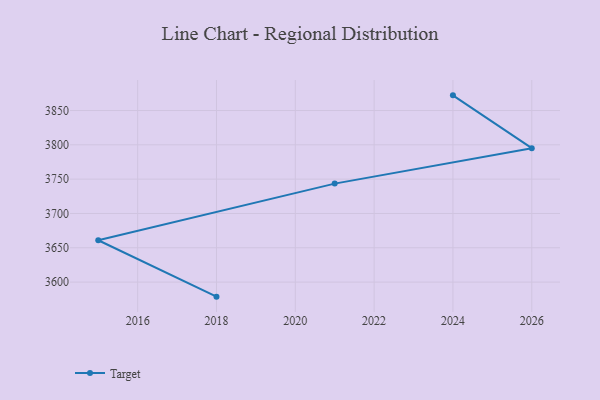
{"axis": {"x": "Year", "y": "Latency (ms)"}, "legend": ["Target"], "data": [{"x": "2024", "y": 3872.1, "type": "Target"}, {"x": "2026", "y": 3795.1, "type": "Target"}, {"x": "2021", "y": 3743.5, "type": "Target"}, {"x": "2015", "y": 3661.0, "type": "Target"}, {"x": "2018", "y": 3578.8, "type": "Target"}]}